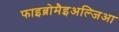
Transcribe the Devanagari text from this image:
फाइब्रोमैइअल्जिआ